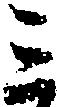
三